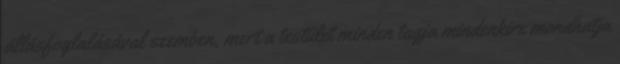
állásfoglalásával szemben, mert a testület minden tagja mindenkire mondhatja